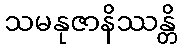
သမနုဇာနိဿန္တိ